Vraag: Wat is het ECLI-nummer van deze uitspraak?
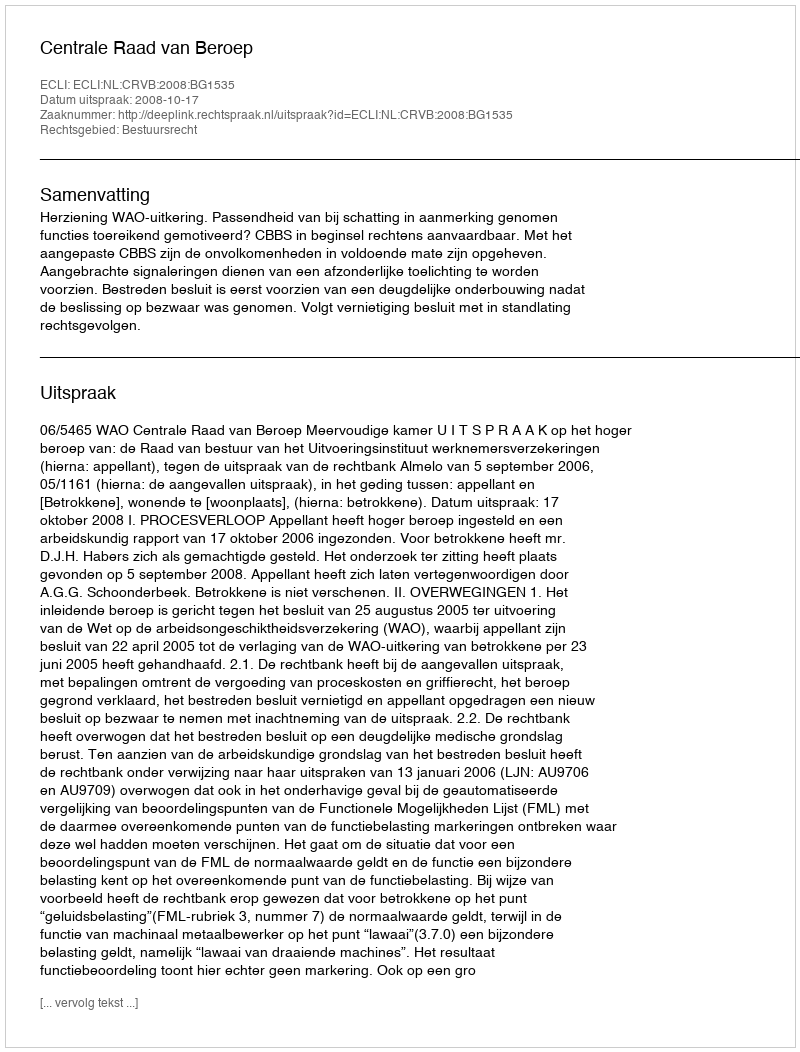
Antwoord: ECLI:NL:CRVB:2008:BG1535